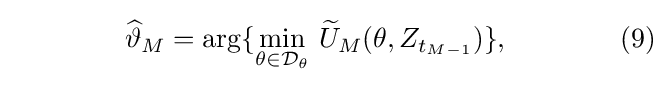
\qquad \qquad {\widehat {\mathbf {\vartheta } }}_{M}=\arg\{{\underset {\mathbf {\theta \in } {\mathcal {D}}_{\theta }}{\mathbf {\min } }}{\text{ }}{\widetilde {U}}_{M}\mathbf {(\theta } ,Z_{t_{M-1}})\},\qquad \qquad (9)